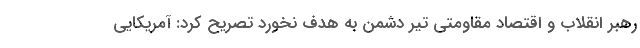
رهبر انقلاب و اقتصاد مقاومتی تیر دشمن به هدف نخورد تصریح کرد: آمریکایی